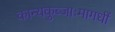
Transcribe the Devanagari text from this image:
कान्यकुब्जाःमागधीं